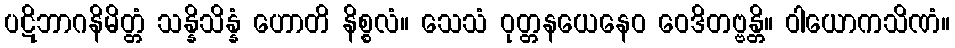
ပဋိဘာဂနိမိတ္တံ သန္နိသိန္နံ ဟောတိ နိစ္စလံ။ သေသံ ဝုတ္တနယေနေဝ ဝေဒိတဗ္ဗန္တိ။ ဝါယောကသိဏံ။